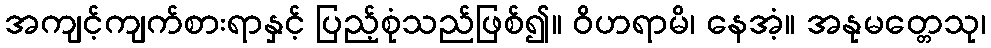
အကျင့်ကျက်စားရာနှင့် ပြည့်စုံသည်ဖြစ်၍။ ဝိဟရာမိ၊ နေအံ့။ အနုမတ္တေသု၊